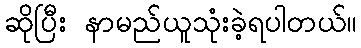
ဆိုပြီး နာမည်ယူသုံးခဲ့ရပါတယ်။